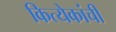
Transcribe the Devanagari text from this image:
कित्येकांची